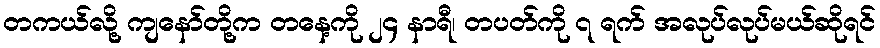
တကယ်လို့ ကျနော်တို့က တနေ့ကို ၂၄ နာရီ၊ တပတ်ကို ၇ ရက် အလုပ်လုပ်မယ်ဆိုရင်